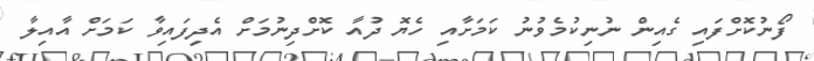
ފޯނުކޮށްފައި ގެއިން ނުނިކުމެވުނު ކަމަށާއި ހެޔޮ ދުއާ ކޮށްދިނުމަށް އެދިފައިވާ ކަމަށް އާއިލާ